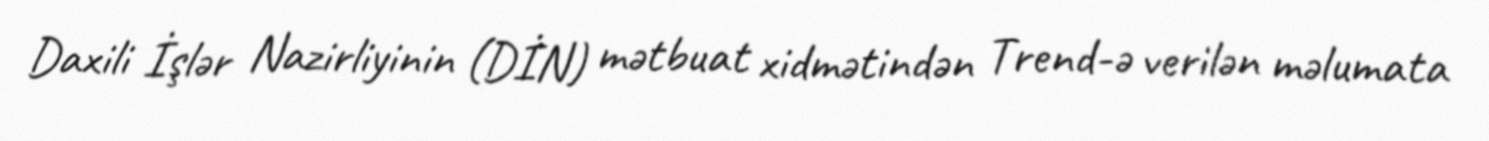
Daxili İşlər Nazirliyinin (DİN) mətbuat xidmətindən Trend-ə verilən məlumata